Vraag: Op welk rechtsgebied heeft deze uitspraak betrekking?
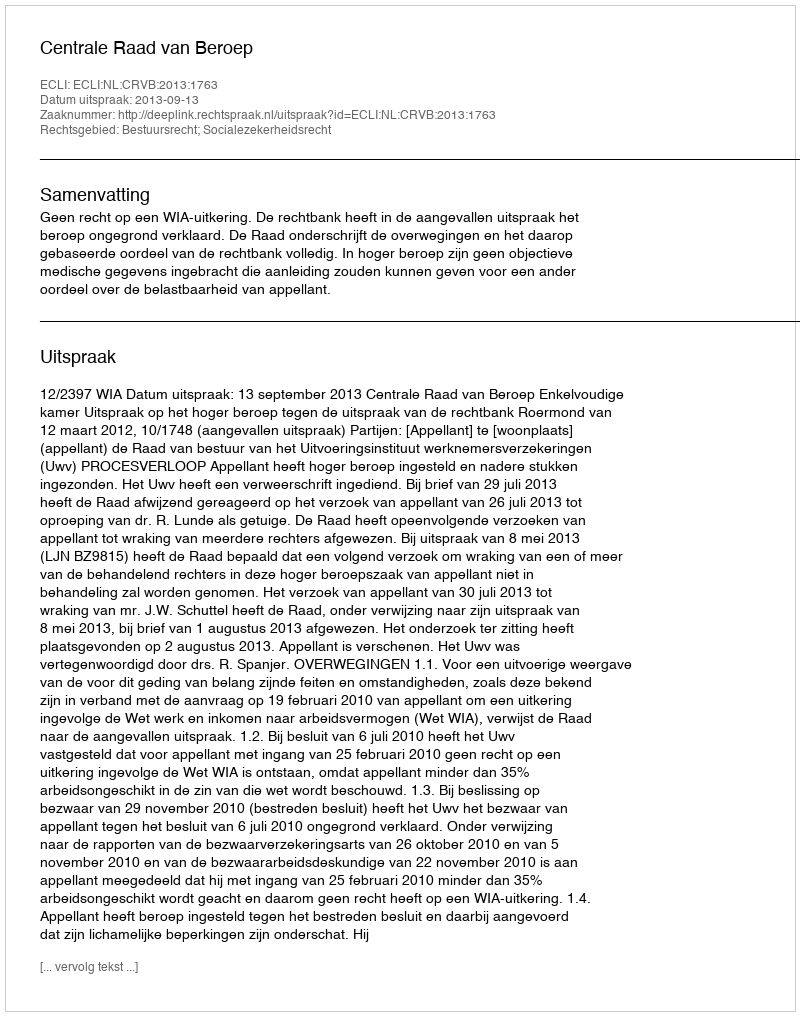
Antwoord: Bestuursrecht; Socialezekerheidsrecht